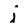
Character: j